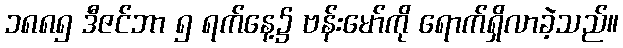
၁၈၈၅ ဒီဇင်ဘာ ၅ ရက်နေ့၌ ဗန်းမော်ကို ရောက်ရှိလာခဲ့သည်။